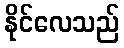
နိုင်လေသည်